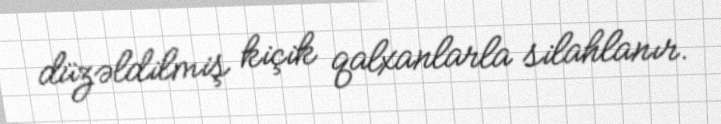
düzəldilmiş kiçik qalxanlarla silahlanır.